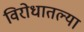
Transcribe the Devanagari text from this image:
विरोधातल्या